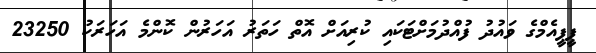
ޕީޕީއެމްގެ ވައުދު ފުއްދުމަށްޓަކައި ކުރިއަށް އޮތް ހަތަރު އަހަރުން ކޮންމެ އަހަރަކު 23250